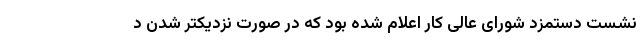
نشست دستمزد شورای عالی کار اعلام شده بود که در صورت نزدیکتر شدن د